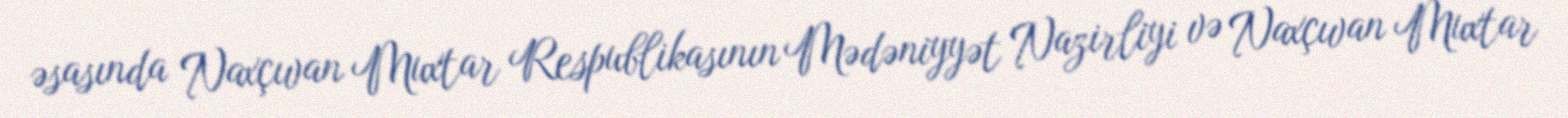
əsasında Naxçıvan Muxtar Respublikasının Mədəniyyət Nazirliyi və Naxçıvan Muxtar